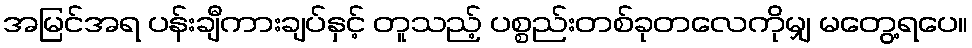
အမြင်အရ ပန်းချီကားချပ်နှင့် တူသည့် ပစ္စည်းတစ်ခုတလေကိုမျှ မတွေ့ရပေ။